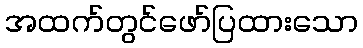
အထက်တွင်ဖော်ပြထားသော